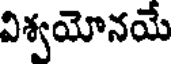
విశ్వయోనయే